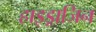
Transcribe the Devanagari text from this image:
हाइड्राजिन